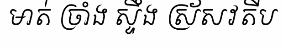
មាត់ ច្រាំង ស្ទឹង ស្រ័សវតីប